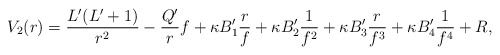
\begin{align*} V_2(r) = \frac{L'(L'+1)}{r^2} - \frac{Q'}{r}f + \kappa B'_1 \frac{r}{f} + \kappa B'_2 \frac{1}{f^2} + \kappa B'_3 \frac{r}{f^3} + \kappa B'_4 \frac{1}{f^4} + R,\end{align*}